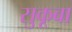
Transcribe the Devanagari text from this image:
सुकूबा